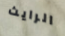
الرايث